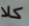
كلا